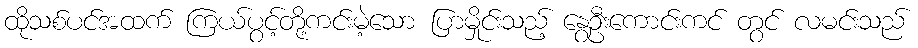
ထိုသစ်ပင်အထက် ကြယ်ပွင့်တို့ကင်းမဲ့သော ပြာမှိုင်းသည့် နွေဦးကောင်းကင် တွင် လမင်းသည်